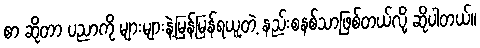
စာ ဆိုတာ ပညာကို များများနဲ့မြန်မြန်ရယူတဲ့ နည်းစနစ်သာဖြစ်တယ်လို့ ဆိုပါတယ်။